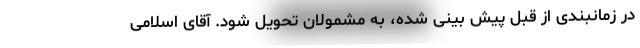
در زمانبندی از قبل پیش بینی شده، به مشمولان تحویل شود. آقای اسلامی